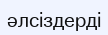
әлсіздерді